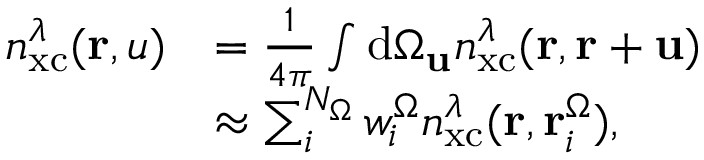
\begin{array} { r l } { n _ { \mathrm { x c } } ^ { \lambda } ( \mathbf { r } , u ) } & { = \frac { 1 } { 4 \pi } \int \mathrm { d } \Omega _ { \mathbf { u } } n _ { \mathrm { x c } } ^ { \lambda } ( \mathbf { r } , \mathbf { r } + \mathbf { u } ) } \\ & { \approx \sum _ { i } ^ { N _ { \Omega } } w _ { i } ^ { \Omega } n _ { \mathrm { x c } } ^ { \lambda } ( \mathbf { r } , \mathbf { r } _ { i } ^ { \Omega } ) , } \end{array}